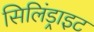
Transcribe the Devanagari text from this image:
सिलिंड्राइट